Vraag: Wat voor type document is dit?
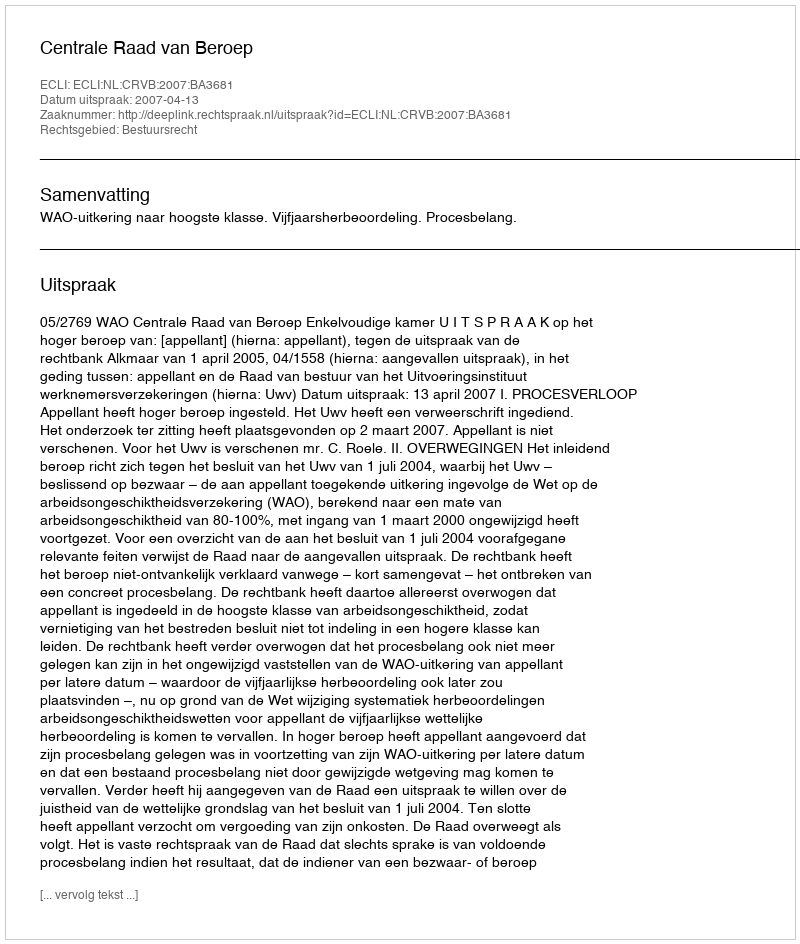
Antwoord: Uitspraak